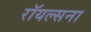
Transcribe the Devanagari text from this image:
रॉयल्सना